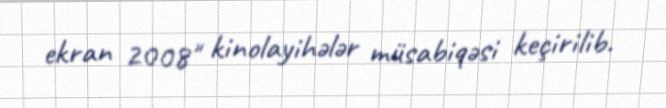
ekran 2008" kinolayihələr müsabiqəsi keçirilib.